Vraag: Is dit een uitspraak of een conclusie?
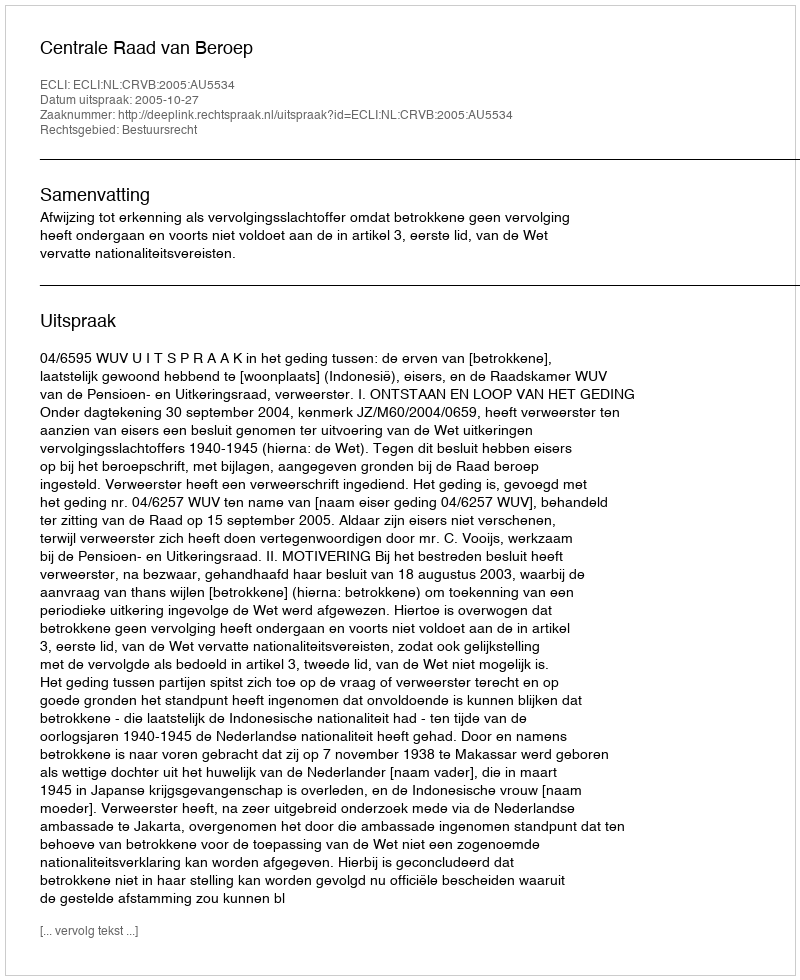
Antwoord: Uitspraak